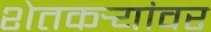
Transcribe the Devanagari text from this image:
शेतकर्‍यांवर